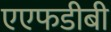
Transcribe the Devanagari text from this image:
एएफडीबी